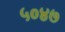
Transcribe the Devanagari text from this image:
५०४७